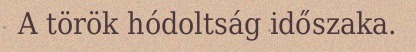
A török hódoltság időszaka.